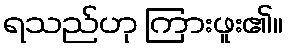
ရသည်ဟု ကြားဖူး၏။